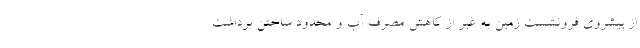
از پیشروی فرونشست زمین به غیر از کاهش مصرف آب و محدود ساختن برداشت